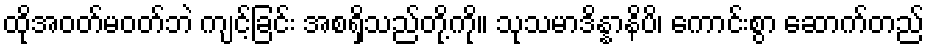
ထိုအဝတ်မဝတ်ဘဲ ကျင့်ခြင်း အစရှိသည်တို့ကို။ သုသမာဒိန္နာနိပိ၊ ကောင်းစွာ ဆောက်တည်